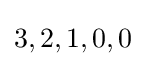
3,2,1,0,0